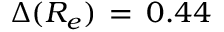
\Delta ( R _ { e } ) \, = \, 0 . 4 4 \